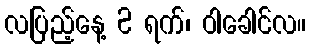
လပြည့်နေ့ 2 ရက်၊ ဝါခေါင်လ။